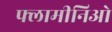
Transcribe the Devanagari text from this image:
फ्लामीनिओ